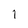
Character: l